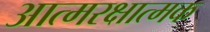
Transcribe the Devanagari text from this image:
आत्मरक्षात्मक